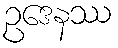
ဥဒေနဿ